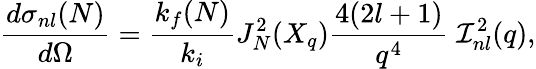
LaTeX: \frac{d{\sigma}_{nl}(N)}{d\Omega}=\frac{k_{f}(N)}{k_{i}}J_{N}^{2}(X_{q})\frac{4(2l+1)}{q^{4}}\; {\cal I}_{nl}^{2}(q),